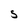
Character: S